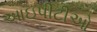
આઇપીટીઓ